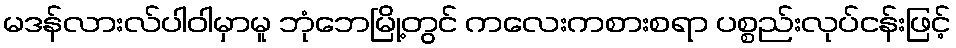
မဒန်လားလ်ပါဝါမှာမူ ဘုံဘေမြို့တွင် ကလေးကစားစရာ ပစ္စည်းလုပ်ငန်းဖြင့်